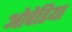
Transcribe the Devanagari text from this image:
ओपेडिया